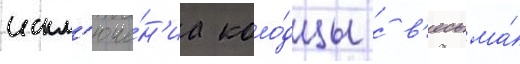
искл'юче́н'иа коло́дцы с в'есьма́